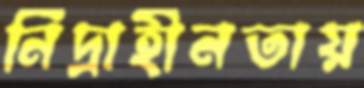
নিদ্রাহীনতায়